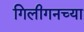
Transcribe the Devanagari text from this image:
गिलीगनच्या